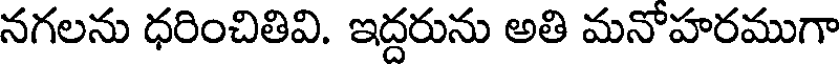
నగలను ధరించితివి. ఇద్దరును అతి మనోహరముగా